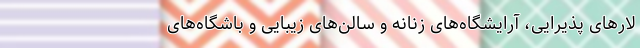
لارهای پذیرایی، آرایشگاه‌های زنانه و سالن‌های زیبایی و باشگاه‌های